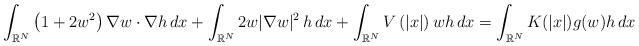
LaTeX: \begin{align*}\int_{\mathbb{R}^{N}} \left( 1+ 2w^2 \right) \nabla w\cdot \nabla h\, dx+ \int_{\mathbb{R}^{N}} 2w |\nabla w|^2 \, h \, dx + \int_{\mathbb{R}^{N}}V\left( \left| x\right| \right) wh\,dx=\int_{\mathbb{R}^{N}}K(|x|) g(w) h\,dx \end{align*}